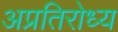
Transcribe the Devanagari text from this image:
अप्रतिरोध्य